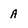
Character: A